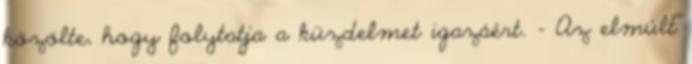
közölte, hogy folytatja a küzdelmet igazáért. - Az elmúlt